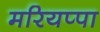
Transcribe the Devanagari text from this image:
मरियप्पा